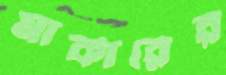
মার্কারের